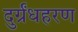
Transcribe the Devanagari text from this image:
दुर्ग्रंधहरण